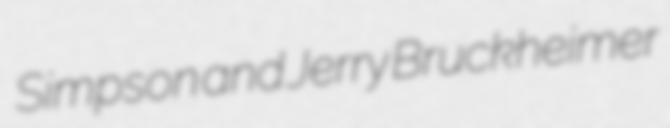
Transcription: Simpson and Jerry Bruckheimer